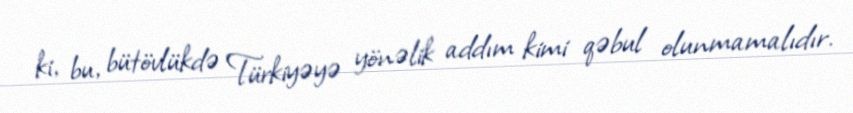
ki, bu, bütövlükdə Türkiyəyə yönəlik addım kimi qəbul olunmamalıdır.